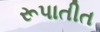
રૂપાતીત